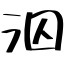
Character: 泅